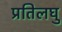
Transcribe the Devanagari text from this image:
प्रतिलघु